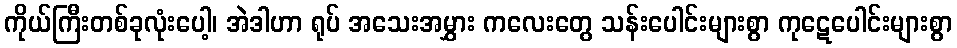
ကိုယ်ကြီးတစ်ခုလုံးပေါ့၊ အဲဒါဟာ ရုပ် အသေးအမွှား ကလေးတွေ သန်းပေါင်းများစွာ ကုဋေပေါင်းများစွာ